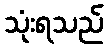
သုံးရသည်